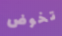
تخوض